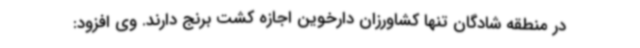
در منطقه شادگان تنها کشاورزان دارخوین اجازه کشت برنج دارند. وی افزود: